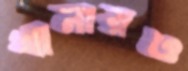
থানায়ও